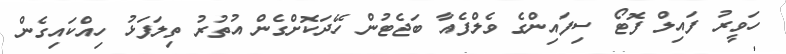
ހަވީރު ފައިލް ފޮޓޯ ސިފައިންގެ ވެލްފެއާ ބަޖެޓުން ހޭދަކޮށްގެން އުތުރު ތިލަފަޅު ހިއްކައިގެން